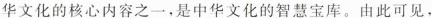
华文化的核心内容之一，是中华文化的智慧宝库。由此可见，